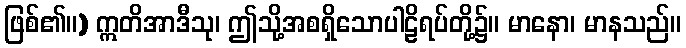
ဖြစ်၏။) ဣတိအာဒီသု၊ ဤသို့အစရှိသောပါဠိရပ်တို့၌။ မာနော၊ မာနသည်။